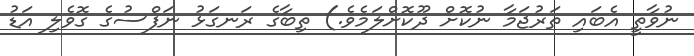
ނުވާތީ އެބައި ތަރުޖަމާ ނުކޮށް ދޫކޮށްލަމެވެ.) ތިބާގެ ރަނގަޅު ނަފްސުގެ ގޮވެލި އަޑު